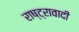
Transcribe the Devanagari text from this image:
राष्ट्रावादी